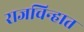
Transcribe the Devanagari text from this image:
राजचिन्हात